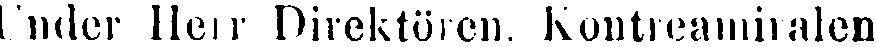
Under Herr Direktören, Kontreamiralen